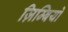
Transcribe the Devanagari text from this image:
ज़िम्बियो